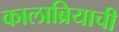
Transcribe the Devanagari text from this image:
कालाब्रियाची